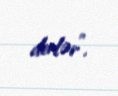
derlər”.